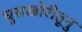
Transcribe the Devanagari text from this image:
घुसखोरीतूनु